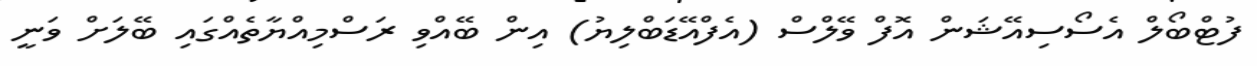
ފުޓްބޯލް އެސޯސިއޭޝަން އޮފް ވޭލްސް (އެފްއޭޑަބްލިޔު) އިން ބޭއްވި ރަސްމިއްޔާތެއްގައި ބޭލަށް ވަނީ